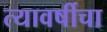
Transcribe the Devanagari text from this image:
त्यावर्षीचा